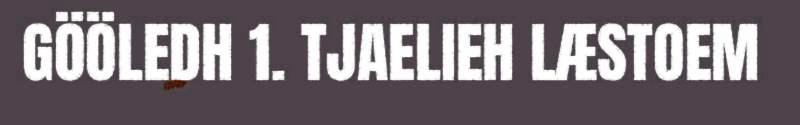
GÖÖLEDH 1. TJAELIEH LÆSTOEM